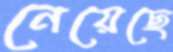
নেয়েছে